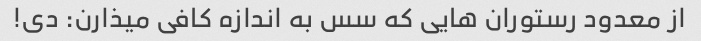
از معدود رستوران هایی که سس به اندازه کافی میذارن: دی!